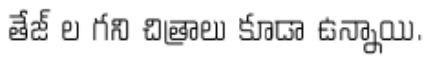
తేజ్ ల గని చిత్రాలు కూడా ఉన్నాయి.